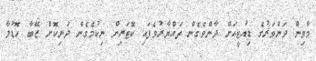
މާވިން ދަންވަރުގެ ޑިއުޓީއަށް ދާންވެގެން ތައްޔާރުވެފައި ކޮޓަރިން ނިކުމެގެން ދަނިކޮށް ޒޭބާ ހޮޑުލާ